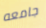
جامعه